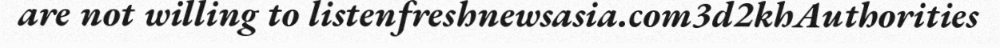
are not willing to listenfreshnewsasia.com3d2khAuthorities